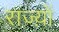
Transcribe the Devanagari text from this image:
राज्य़ों